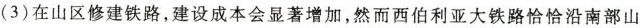
(3)在山区修建铁路，建设成本会显著增加，然而西伯利亚大铁路恰恰沿南部山